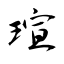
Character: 瑄